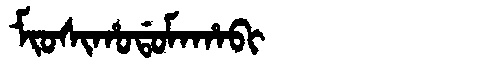
Manchu: ᠮᡳᠣᠰᡳᡥᠣᡩᠣᠮᠠᡥᠠᠪᡳ
Romanization: MIOSIHODOMAHABI